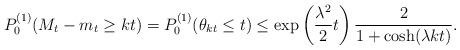
LaTeX: \begin{align*} P^{(1)}_0(M_t-m_t\geq kt)=P^{(1)}_0(\theta_{kt} \leq t)\leq \exp\left(\frac{\lambda^2}{2}t\right)\frac{2}{1+\cosh(\lambda kt)}. \end{align*}